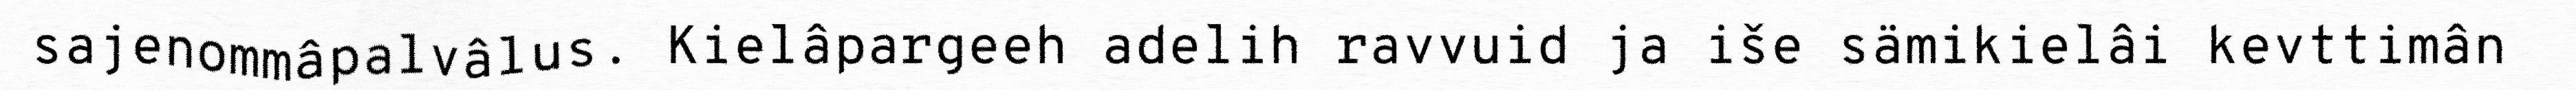
sajenommâpalvâlus. Kielâpargeeh adelih ravvuid ja iše sämikielâi kevttimân